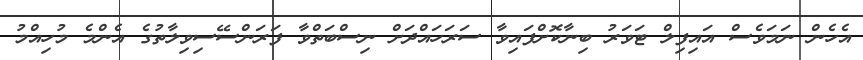
އެހެން ނަމަވެސް އައިފިލް ޓަވަރު ބިނާކޮށްފައިވާ ސަރަހައްދަށް ނިސްބަތްވާ ފަރަންސޭސިވިލާތުގެ އެންމެ މުހިއްމު